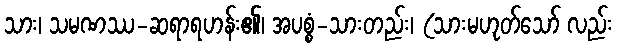
သား၊ သမဏဿ-ဆရာရဟန်း၏၊ အပစ္စံ-သားတည်း၊ (သားမဟုတ်သော် လည်း